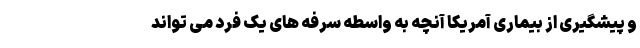
و پیشگیری از بیماری آمریکا آنچه به واسطه سرفه های یک فرد می تواند